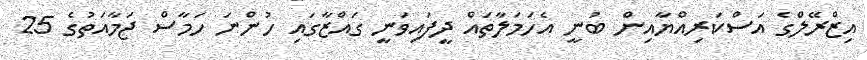
އިޒްރޭލްގެ އަސްކަރިއްޔާއިން ބުނީ އެހަމަލާތައް ދީފައިވަނީ ގައްޒާގައި ހުންނަ ހަމާސް ޖަމާއަތުގެ 25